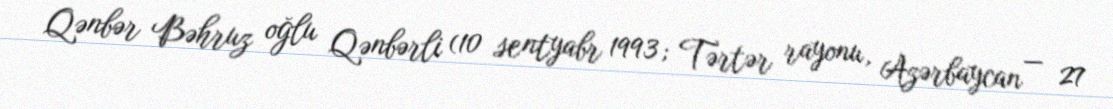
Qənbər Bəhruz oğlu Qənbərli (10 sentyabr 1993; Tərtər rayonu, Azərbaycan — 27